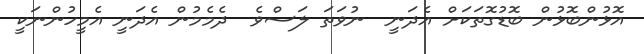
އޮޅުންބޮޅުން ބޮޑުގޮތަކަށް އެދަނީ  ނުވަތަ ލަސްވެ  ދެމެމުން އެދަނީ އެމީހުންނަކީ